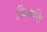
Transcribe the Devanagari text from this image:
किव्दन्ति